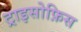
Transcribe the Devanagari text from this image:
ट्राइसोफ़िस